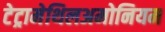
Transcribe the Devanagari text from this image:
टेट्रामेथिलअमोनियम